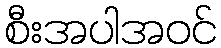
စီးအပါအဝင်